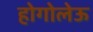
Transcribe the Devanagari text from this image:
होगोलेऊ